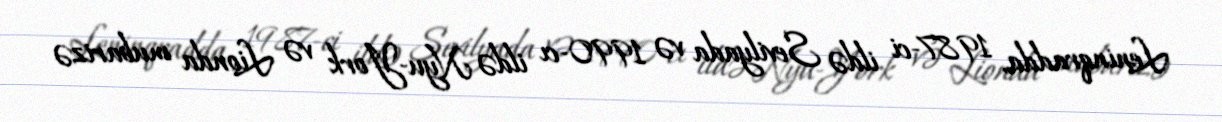
Leninqradda, 1987-ci ildə Sevilyada və 1990-cı ildə Nyu-York və Lionda mubarizə